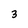
Character: 3